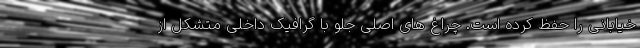
خیابانی را حفظ کرده است. چراغ های اصلی جلو با گرافیک داخلی متشکل از